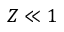
Z \ll 1